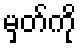
မှတ်ကို